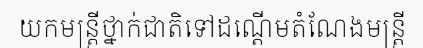
យកមន្ត្រីថ្នាក់ជាតិទៅដណ្តើមតំណែងមន្ត្រី